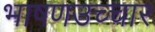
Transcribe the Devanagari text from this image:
भाषणउच्चार